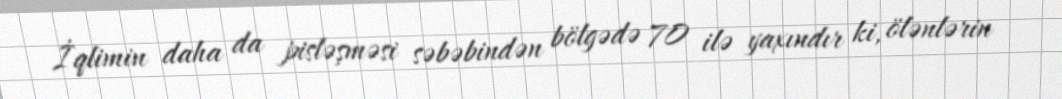
İqlimin daha da pisləşməsi səbəbindən bölgədə 70 ilə yaxındır ki, ölənlərin